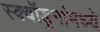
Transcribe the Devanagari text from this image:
स्क्वॉड्रनांमध्ये